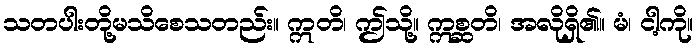
သတပါးတို့မသိစေသတည်း။ ဣတိ၊ ဤသို့။ ဣစ္ဆတိ၊ အလိုရှိ၏။ မံ၊ ငါ့ကို။